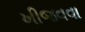
ખીજવવા